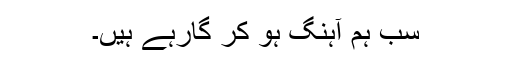
سب ہم آہنگ ہو کر گارہے ہیں۔